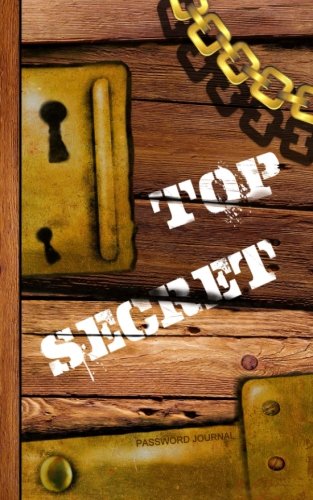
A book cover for Password Journal: Password Keeper / Kids Gifts ( Internet Address Logbook / Diary / Notebook ) (Password Journals - Kids 'n' Teens); smART bookx; Children's Books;